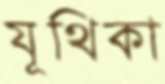
যূথিকা